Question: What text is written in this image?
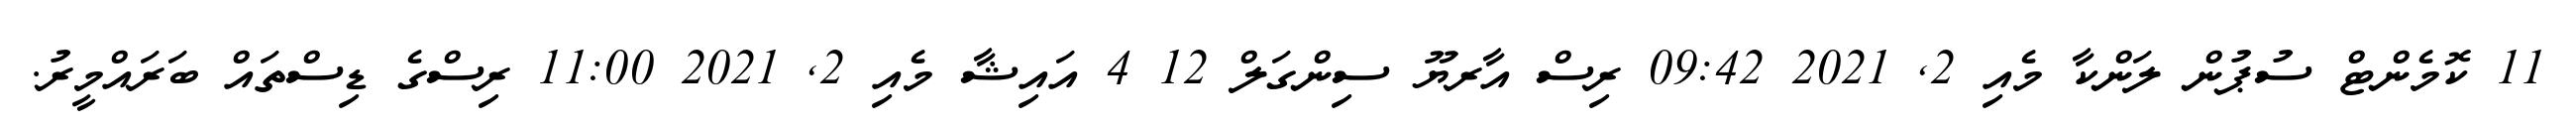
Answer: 11 ކޮމެންޓް ސުޕުން ލަންކާ މެއި 2, 2021 09:42 ރިސް އާރޔޫ ސިންގަލް 12 4 އައިޝާ މެއި 2, 2021 11:00 ރިސްގެ ޑިސްތައް ބަރައްމީރު.